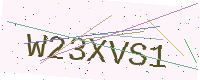
Text: W23XVS1